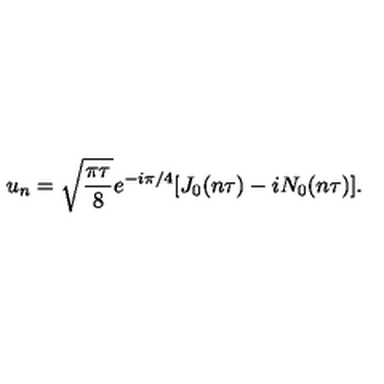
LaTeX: u _ { n } = \sqrt { \frac { \pi \tau } { 8 } } e ^ { - i \pi / 4 } [ J _ { 0 } ( n \tau ) - i N _ { 0 } ( n \tau ) ] .